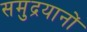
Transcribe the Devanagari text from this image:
समुद्रयानों